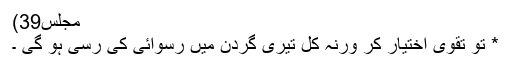
مجلس39)
* تو تقویٰ اختیار کر ورنہ کل تیری گردن میں رسوائی کی رسی ہو گی ۔